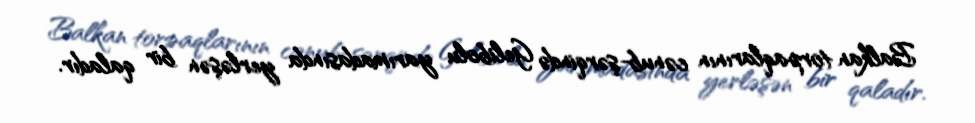
Balkan torpaqlarının cənub-şərqində Gelibolu yarımadasında yerləşən bir qaladır.